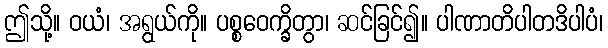
ဤသို့။ ဝယံ၊ အရွယ်ကို။ ပစ္စဝေက္ခိတွာ၊ ဆင်ခြင်၍။ ပါဏာတိပါတဒိပါပံ၊